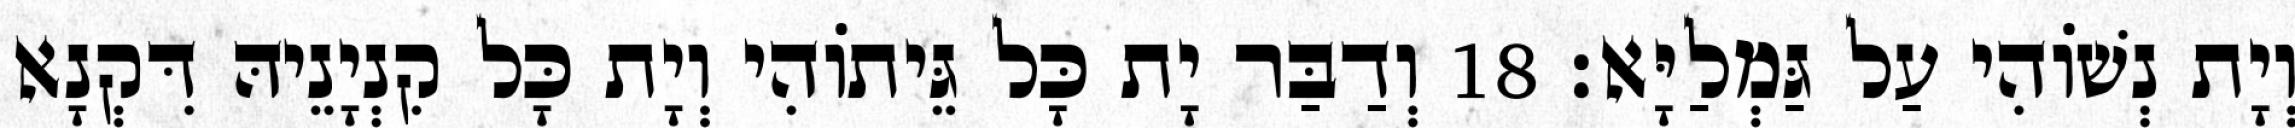
וְיָת נְשׁוֹהִי עַל גַּמְלַיָּא׃ 18 וְדַבַּר יָת כָּל גֵּיתוֹהִי וְיָת כָּל קִנְיָנֵיהּ דִּקְנָא